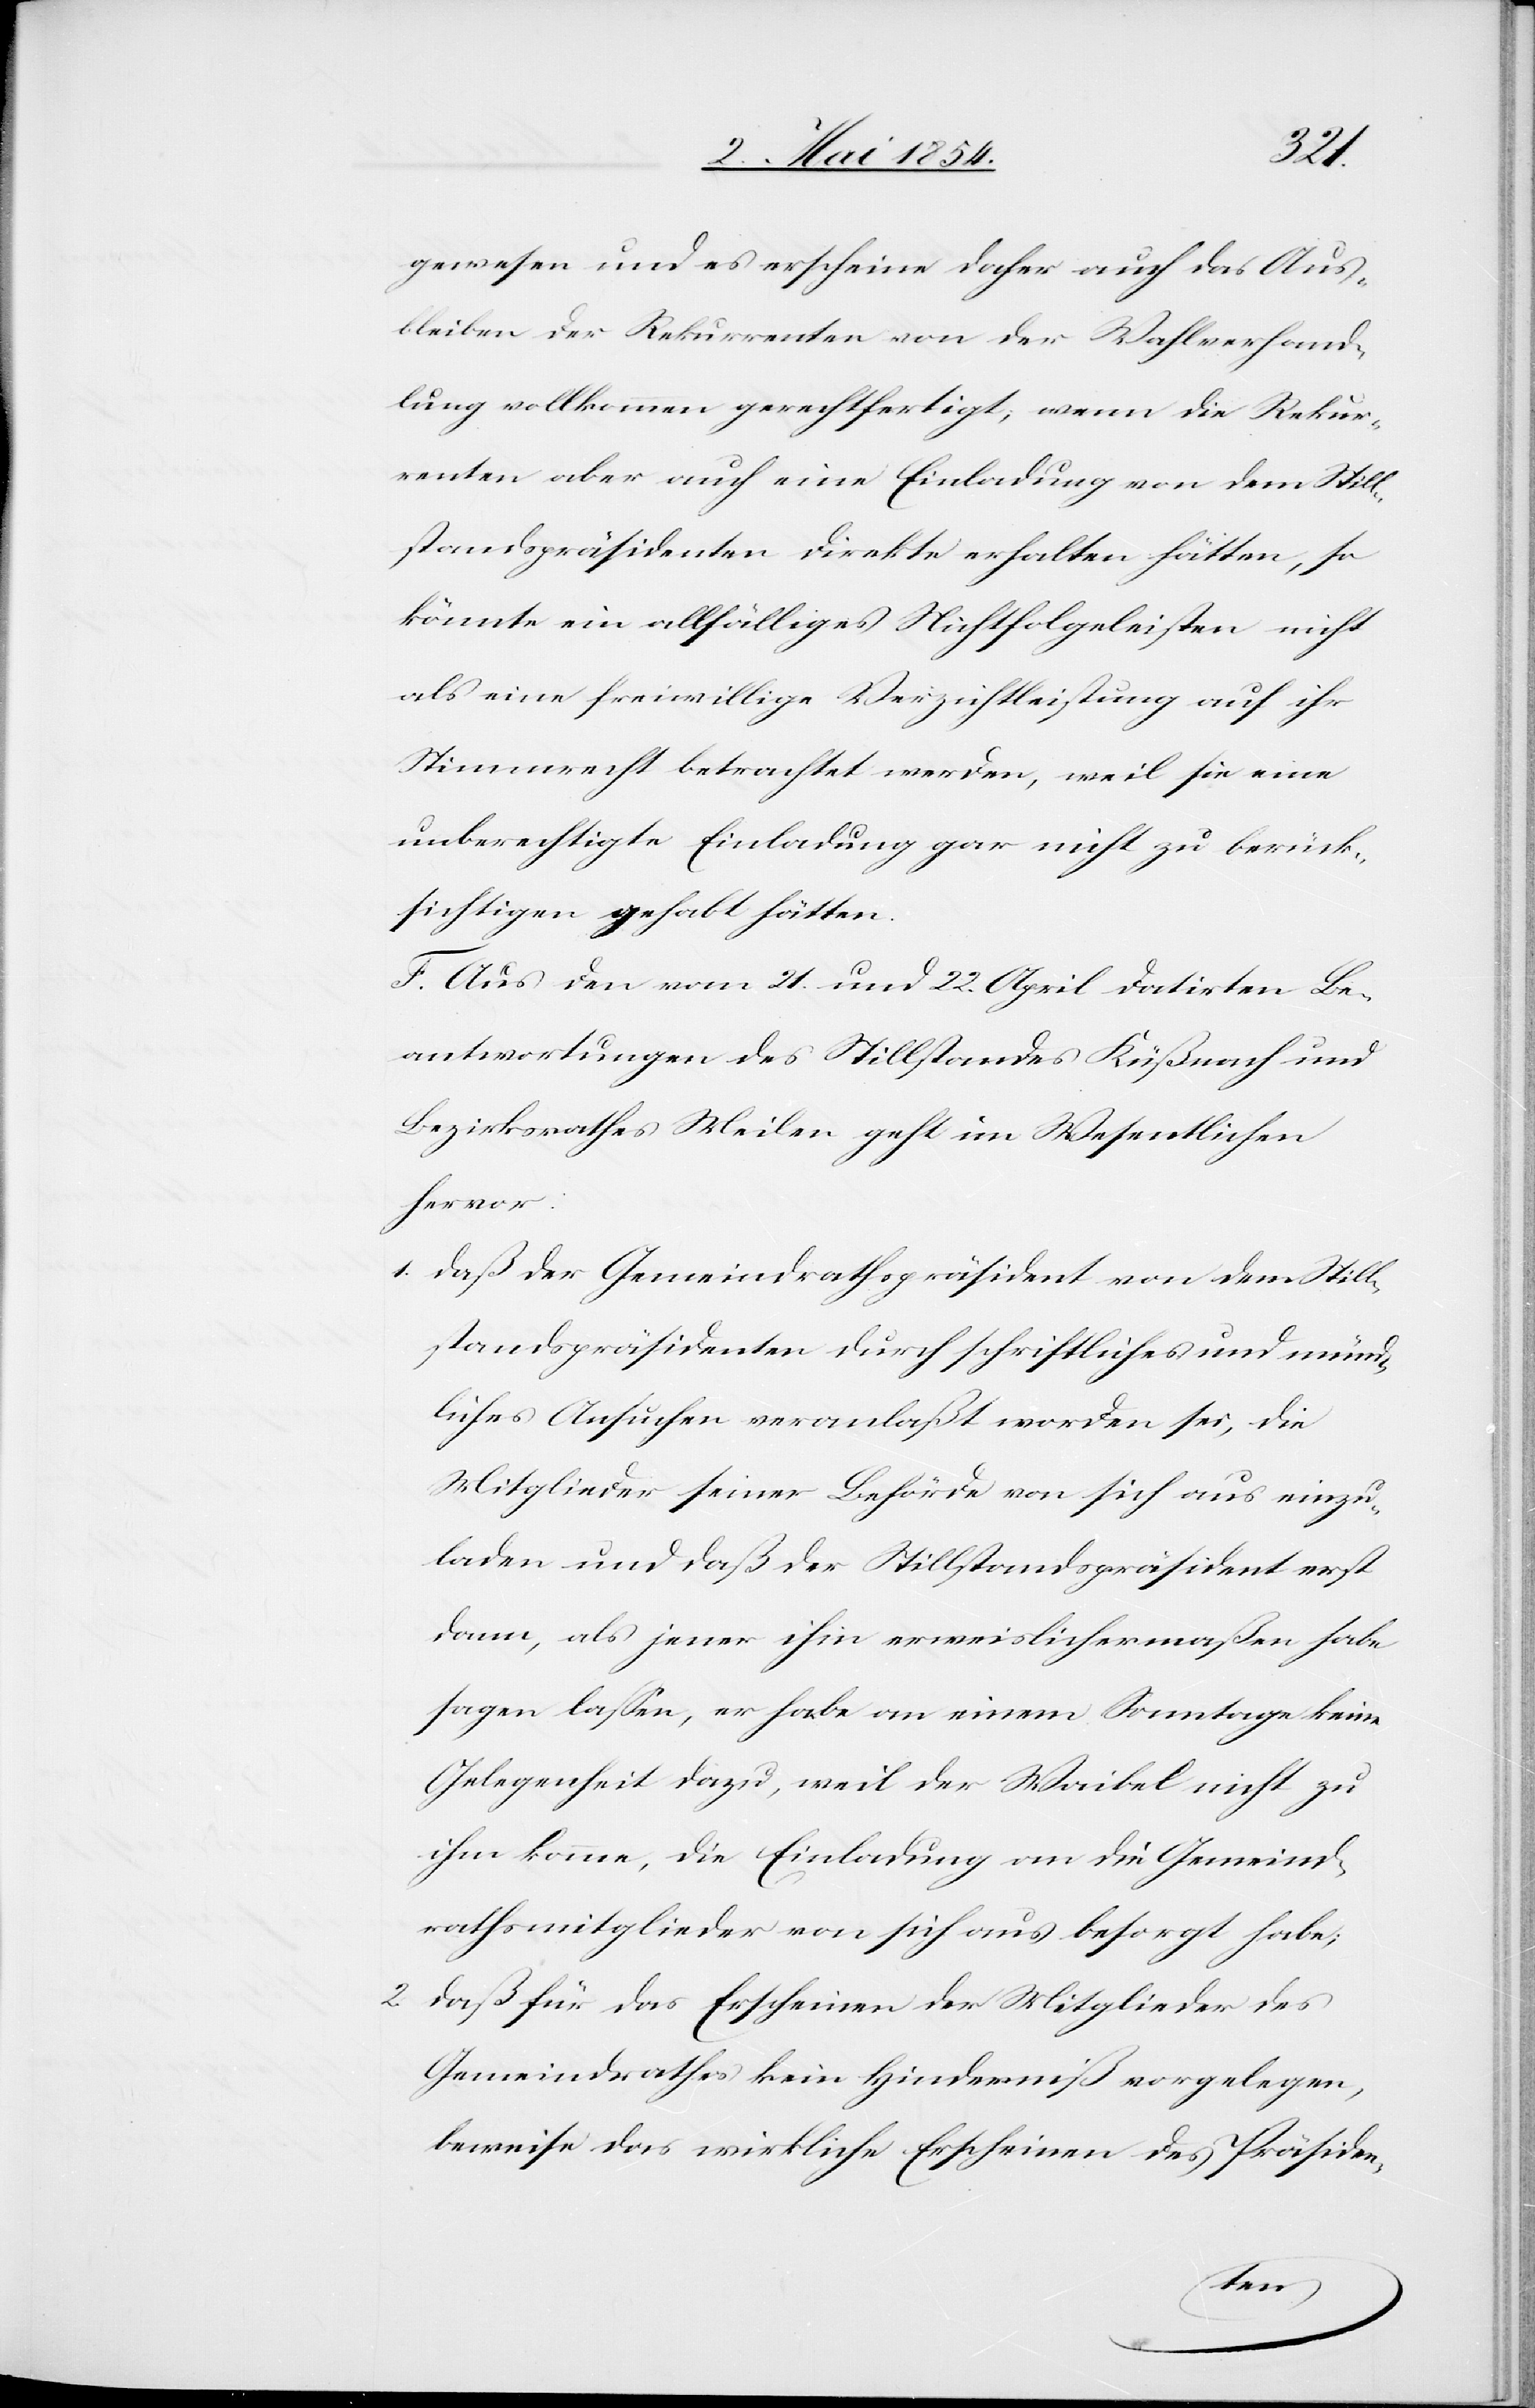
gewesen und es erscheine daher auch das Aus¬
bleiben der Rekurrenten von der Wahlverhand¬
lung vollkommen gerechtfertigt; wenn die Rekur¬
renten aber auch eine Einladung von dem Still¬
standspräsidenten direkte erhalten hätten, so
könnte ein allfälliges Nichtfolgeleisten nicht
als eine freiwillige Verzichtsleistung auf ihr
Stimmrecht betrachtet werden, weil sie eine
unberechtigte Einladung gar nicht zu berück¬
sichtigen gehabt hätten.
F. Aus den vom 21. und 22. April datirten Be¬
antwortungen des Stillstandes Küßnach[t] und
Bezirksrathes Meilen geht im Wesentlichen
hervor:
1. daß der Gemeindrathspräsident von dem Still¬
standspräsidenten durch schriftliches und münd¬
liches Ansuchen veranlaßt worden sei, die
Mitglieder seiner Behörde von sich aus einzu¬
laden und daß der Stillstandspräsident erst
dann, als jener ihm erweislichermaßen habe
sagen laßen, er habe an einem Sonntage keine
Gelegenheit dazu, weil der Waibel nicht zu
ihm komme, die Einladung an die Gemeind¬
rathsmitglieder von sich aus besorgt habe;
2. daß für das Erscheinen der Mitglieder des
Gemeindrathes kein Hinderniß vorgelegen,
beweise das wirkliche Erscheinen des Präsiden-